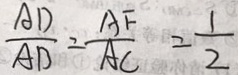
\frac { A D } { A D } = \frac { A F } { A C } = \frac { 1 } { 2 }